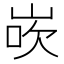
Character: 𪨸